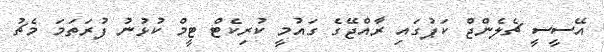
އޭސީސީ ޗެލެންޖް ކަޕުގައި ރާއްޖޭގެ ގައުމީ ކުރިކެޓް ޓީމް ކުޅުނު ފުރަތަމަ މެޗު